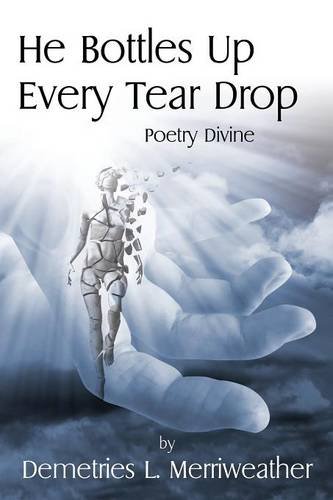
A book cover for He Bottles Up Every Tear Drop: Poetry Divine; Demetries L. Merriweather; Christian Books & Bibles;